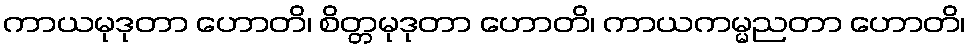
ကာယမုဒုတာ ဟောတိ၊ စိတ္တမုဒုတာ ဟောတိ၊ ကာယကမ္မညတာ ဟောတိ၊